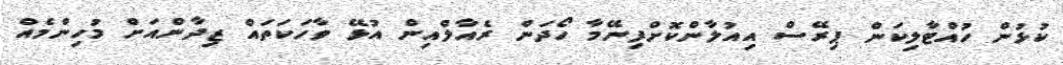
ކުޅުން ހުއްޓާލިކަން ޕިރޭސް އިއުލާންކޮށްފިނޭމާ ހޯދަން ރެއާލްއިން އުޅޭ ވާހަކަތައް ޒިދާންއަށް މުހިންމެއް